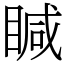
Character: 䁍